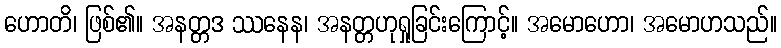
ဟောတိ၊ ဖြစ်၏။ အနတ္တဒ ဿနေန၊ အနတ္တဟုရှုခြင်းကြောင့်။ အမောဟော၊ အမောဟသည်။